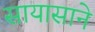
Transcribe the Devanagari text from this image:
सायासाने